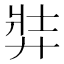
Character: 弉